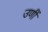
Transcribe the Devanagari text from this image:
उणीं